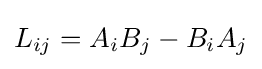
L_{ij}=A_{i}B_{j}-B_{i}A_{j}